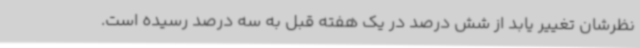
نظرشان تغییر یابد از شش درصد در یک هفته قبل به سه درصد رسیده است.